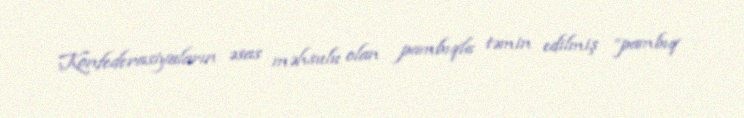
Konfederasiyaların əsas məhsulu olan pambıqla təmin edilmiş “pambıq